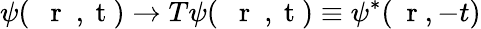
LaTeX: \psi(\mathrm{~{~\mathbf~r~}~,~t~})\to T\psi(\mathrm{~{~\mathbf~r~}~,~t~})\equiv\psi^{*}(\mathrm{~\mathbf~r~},-t)